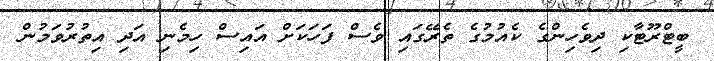
ބީޓްރޫޓާކި ދިވެހިންގެ ކެއުމުގެ ތެރޭގައި ވެސް ފަހަަކަށް އައިސް ހިމެނި އަދި އިތުރުވަމުން